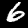
Digit: 6